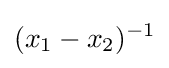
(x_{1}-x_{2})^{-1}